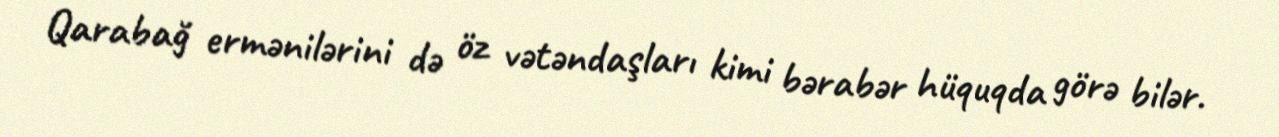
Qarabağ ermənilərini də öz vətəndaşları kimi bərabər hüquqda görə bilər.